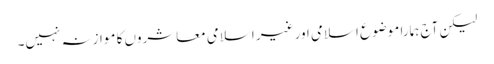
لیکن آج ہمارا موضوع اسلامی اور غیر اسلامی معاشروں کا موازنہ نہیں۔